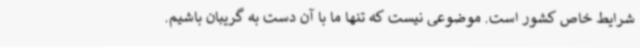
شرایط خاص کشور است. موضوعی نیست که تنها ما با آن دست به گریبان باشیم.